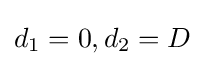
d_{1}=0,d_{2}=D